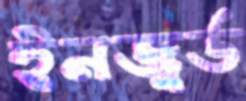
ইনজুর্ড